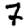
Digit: 7